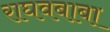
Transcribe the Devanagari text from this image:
राघवबाबा